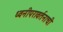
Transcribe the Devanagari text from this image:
ध्वनीपरावर्तनाची